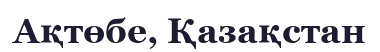
Ақтөбе, Қазақстан